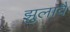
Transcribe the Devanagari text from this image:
झुलावै